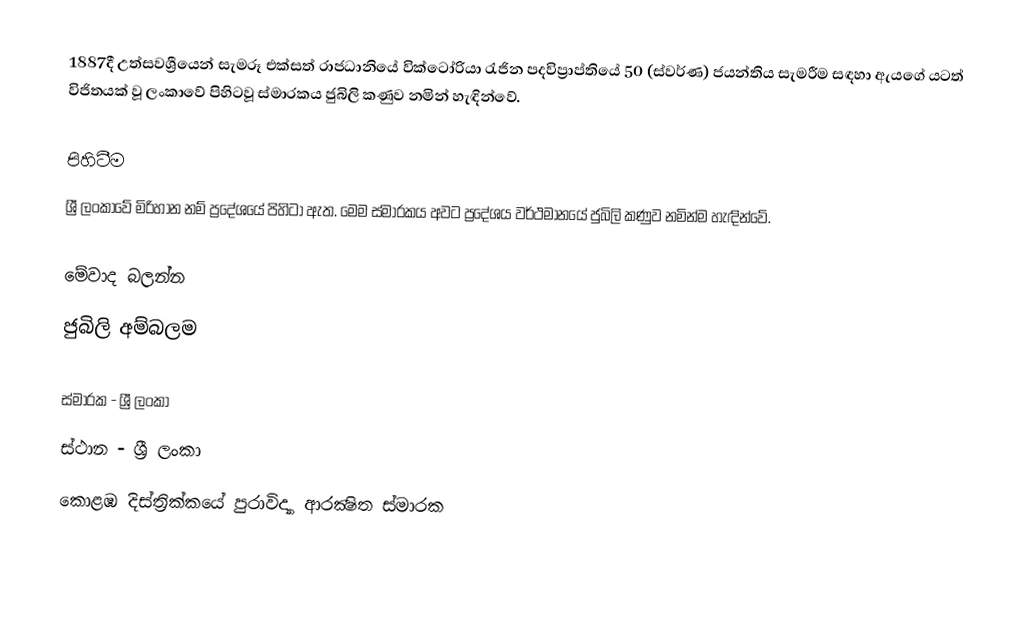
1887දී උත්සවශ්‍රීයෙන් සැමරූ එක්සත් රාජධානියේ වික්ටෝරියා රැජින පදවිප්‍රාප්තියේ 50 (ස්වර්ණ) ජයන්තිය සැමරීම සඳහා ඇයගේ යටත් විජිතයක් වූ ලංකාවේ පිහිටවූ ස්මාරකය ජුබිලි කණුව නමින් හැඳින්වේ.

පිහිටීම
ශ්‍රී ලංකාවේ මිරිහාන නම් ප්‍රදේශයේ පිහිටා ඇත. මෙම ස්මාරකය අවට ප්‍රදේශය වර්ථමානයේ ජුබිලි කණුව නමින්ම හැඳින්වේ.

මේවාද බලන්න
ජුබිලි අම්බලම

ස්මාරක - ශ්‍රී ලංකා
ස්ථාන - ශ්‍රී ලංකා
කොළඹ දිස්ත්‍රික්කයේ පුරාවිද්‍යා ආරක්‍ෂිත ස්මාරක